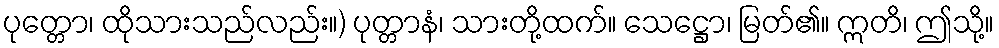
ပုတ္တော၊ ထိုသားသည်လည်း။) ပုတ္တာနံ၊ သားတို့ထက်။ သေဋ္ဌော၊ မြတ်၏။ ဣတိ၊ ဤသို့။